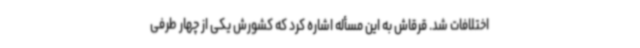
اختلافات شد. قرقاش به این مسأله اشاره کرد که کشورش یکی از چهار طرفی